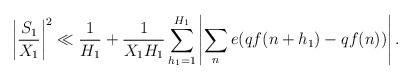
LaTeX: \begin{align*}\left| \frac{S_1}{ X_1} \right|^2 \ll \frac{1}{ H_1} + \frac{1}{ X_1 H_1} \sum_{ h_1 =1}^{ H_1} \left| \sum_{n} e(qf(n+h_1) - q f(n)) \right|.\end{align*}